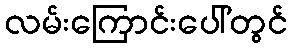
လမ်းကြောင်းပေါ်တွင်